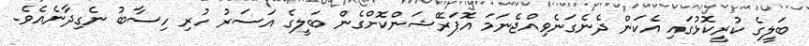
ބަލީގެ ކުރީކޮޅުގައި އެކަން ދެނެގަނެވިއްޖެނަމަ އޮޕަރޭޝަންކޮށްގެން ބަލީގެ އަސަރު ހުރި ހިސާބު ނެގިދާނެއެވެ.